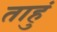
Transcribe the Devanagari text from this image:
ताहुं